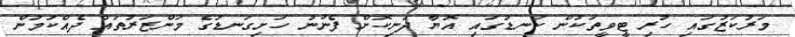
މަރުކަޒުގައި ހުރި ޓީވީތަކުން ކަނޑުގައި އޮޔާ ދަނިކޮށް ފެނުނު ހަށިގަނޑުގެ މަންޒަރުތައް ދެއްކުމުން